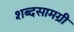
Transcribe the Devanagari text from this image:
शब्दसामग्री